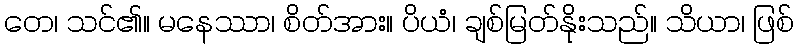
တေ၊ သင်၏။ မနေဿာ၊ စိတ်အား။ ပိယံ၊ ချစ်မြတ်နိုးသည်။ သိယာ၊ ဖြစ်